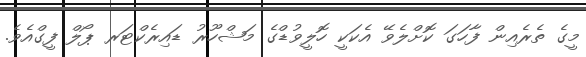
މީގެ ތެރެއިން ފާހަގަ ކޮށްލެވޭ އެކަކީ ހޮލީވުޑްގެ މަޝްހޫރު ޑައިރެކްޓަރ ޕޯލް ފީގްއެވެ.